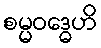
စမ္မဝဒ္ဓေဟိ